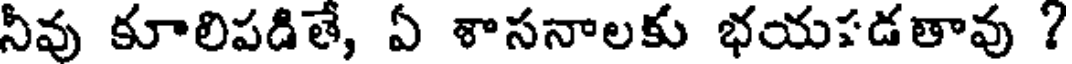
నీవు కూలిపడితే, ఏ శాసనాలకు భయపడతావు ?